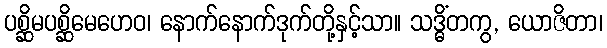
ပစ္ဆိမပစ္ဆိမေဟေဝ၊ နောက်နောက်ဒုက်တို့နှင့်သာ။ သဒ္ဓိံတကွ, ယောဇိတာ၊